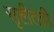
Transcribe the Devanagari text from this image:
सृष्टीतही